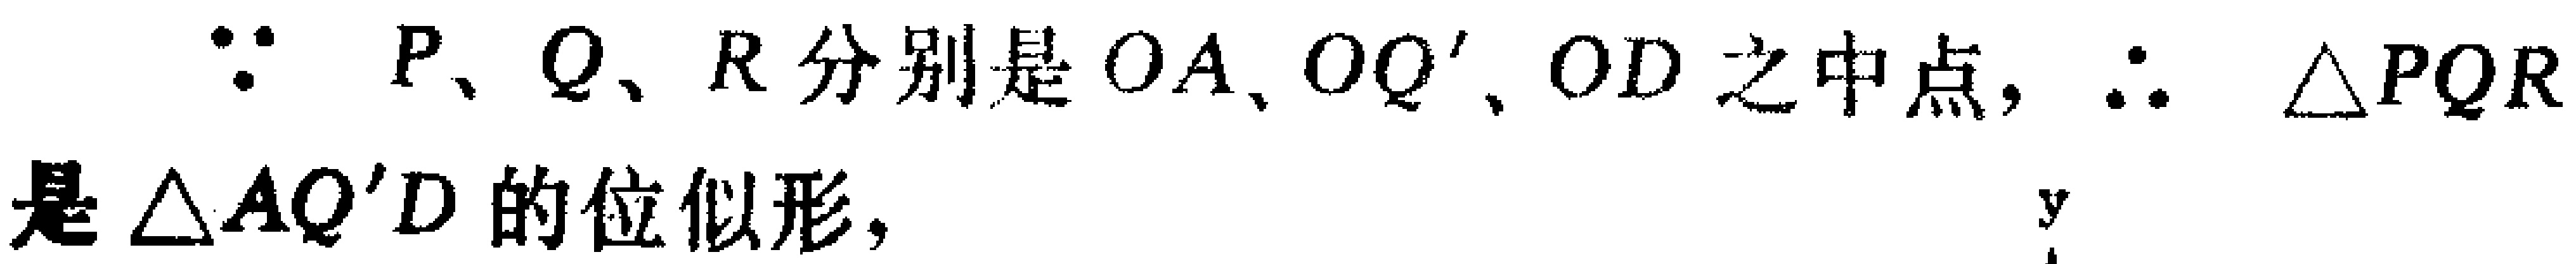
\(\because P、Q、R分别是OA、OQ'、OD之中点，\therefore \triangle PQR是\triangle AQ'D的位似形，\)